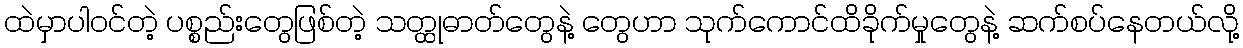
ထဲမှာပါဝင်တဲ့ ပစ္စည်းတွေဖြစ်တဲ့ သတ္ထုဓာတ်တွေနဲ့ တွေဟာ သုက်ကောင်ထိခိုက်မှုတွေနဲ့ ဆက်စပ်နေတယ်လို့